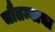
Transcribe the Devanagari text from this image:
चौतन्याचा